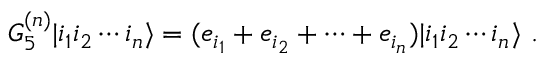
G _ { 5 } ^ { ( n ) } | i _ { 1 } i _ { 2 } \cdots i _ { n } \rangle = ( e _ { i _ { 1 } } + e _ { i _ { 2 } } + \cdots + e _ { i _ { n } } ) | i _ { 1 } i _ { 2 } \cdots i _ { n } \rangle \ .